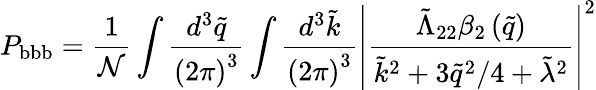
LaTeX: P_{\mathrm{bbb}}=\frac{1}{\mathcal{N}}\int\frac{d^{3}\tilde{q}}{\left(2\pi\right)^{3}}\int\frac{d^{3}\tilde{k}}{\left(2\pi\right)^{3}}\left|\frac{\tilde{\Lambda}_{22}\beta_{2}\left(\tilde{q}\right)}{\tilde{k}^{2}+3\tilde{q}^{2}/4+\tilde{\lambda}^{2}}\right|^{2}